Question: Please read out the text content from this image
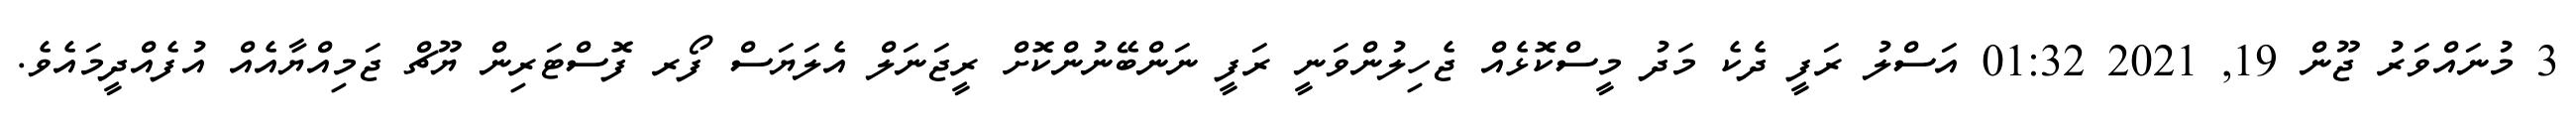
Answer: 3 މުނައްވަރު ޖޫން 19, 2021 01:32 އަސްލު ރަފީ ދެކެ މަދު މީސްކޮޅެއް ޖެހިލުންވަނީ ރަފީ ނަންބޭނުންކޮށް ރީޖަނަލް އެލަޔަސް ފޯރ ފޮސްޓަރިން ޔޫޗް ޖަމިއްޔާއެއް އުފެއްދީމައެވެ.